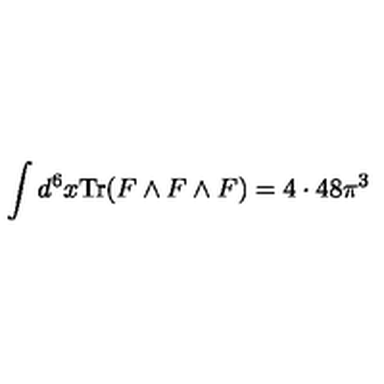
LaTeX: \int d ^ { 6 } x \mathrm { T r } ( F \wedge F \wedge F ) = 4 \cdot 4 8 \pi ^ { 3 }